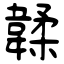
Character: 韖